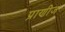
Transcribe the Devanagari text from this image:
प्राणीज